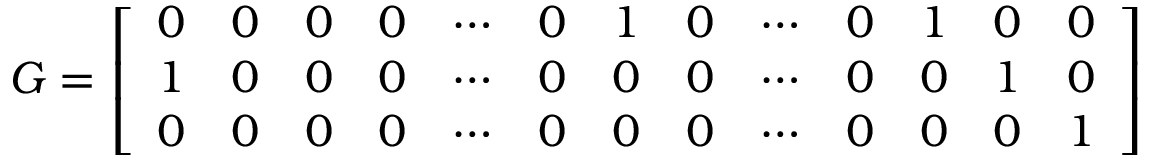
G = \left[ \begin{array} { c c c c c c c c c c c c c } { 0 } & { 0 } & { 0 } & { 0 } & { \cdots } & { 0 } & { 1 } & { 0 } & { \cdots } & { 0 } & { 1 } & { 0 } & { 0 } \\ { 1 } & { 0 } & { 0 } & { 0 } & { \cdots } & { 0 } & { 0 } & { 0 } & { \cdots } & { 0 } & { 0 } & { 1 } & { 0 } \\ { 0 } & { 0 } & { 0 } & { 0 } & { \cdots } & { 0 } & { 0 } & { 0 } & { \cdots } & { 0 } & { 0 } & { 0 } & { 1 } \end{array} \right]